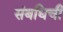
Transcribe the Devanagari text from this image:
संबधिची